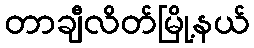
တာချီလိတ်မြို့နယ်